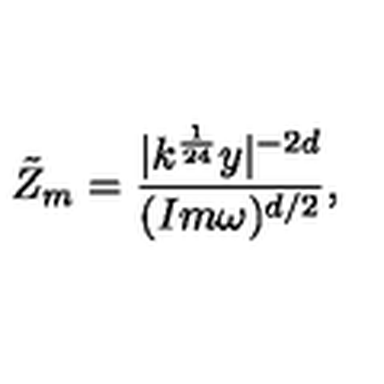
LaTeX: \tilde { Z } _ { m } = \frac { | k ^ { \frac { 1 } { 2 4 } } y | ^ { - 2 d } } { ( I m \omega ) ^ { d / 2 } } ,